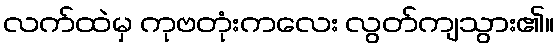
လက်ထဲမှ ကုဗတုံးကလေး လွတ်ကျသွား၏။